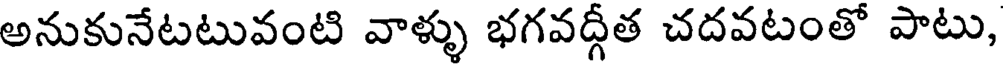
అనుకునేటటువంటి వాళ్ళు భగవద్గీత చదవటంతో పాటు,